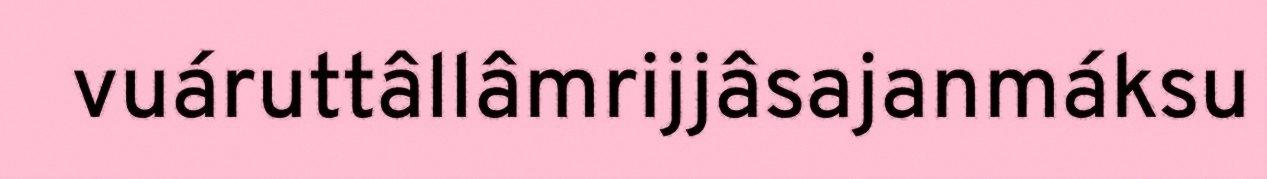
vuáruttâllâmrijjâsajanmáksu